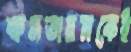
ক্ষমতায়নকেই